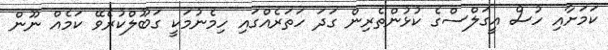
ކަމަށާއި ހުސް އީގަލްސްގެ ކުޅުންތެރިން ގަދަ ހަތަރެއްގައި ހިމެނުމަކީ ގަބޫލްކުރެވޭ ކަމެއް ނޫން